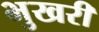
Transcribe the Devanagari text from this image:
भुखरी